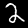
Digit: 2